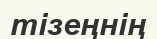
тізеңнің